Document type: Sale
Year: 1354
Scribe: Bernat de Torre
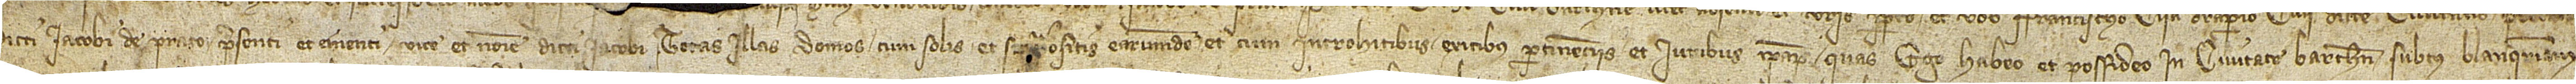
dicti Iacobi de Prato, presenti et ementi vice et nomine dicti Iacobi, totas illas domos cum solis et suprapositis earumdem, et cum introhitibus, exitibus, pertinenciis et iuribus ipsarum quas ego habeo et possideo in civitate Barchinone, subtus Blanqueriam,